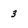
Character: 3